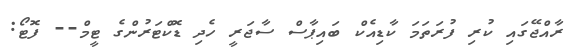
ރާއްޖޭގައި ކުރި ފުރަތަމަ ކާޑިއެކް ބައިޕާސް ސާޖަރީ ހެދި ޑޮކްޓަރުންގެ ޓީމް-- ފޮޓޯ: